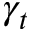
\gamma _ { t }